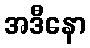
အဒီနော